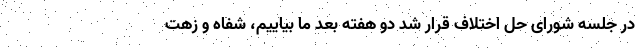
در جلسه شورای حل اختلاف قرار شد دو هفته بعد ما بیاییم، شفاه و زهت